18_100754_ General 1946-7_Vol_2
Agency: Department of War
Incident date: 12/30/47
Page 27
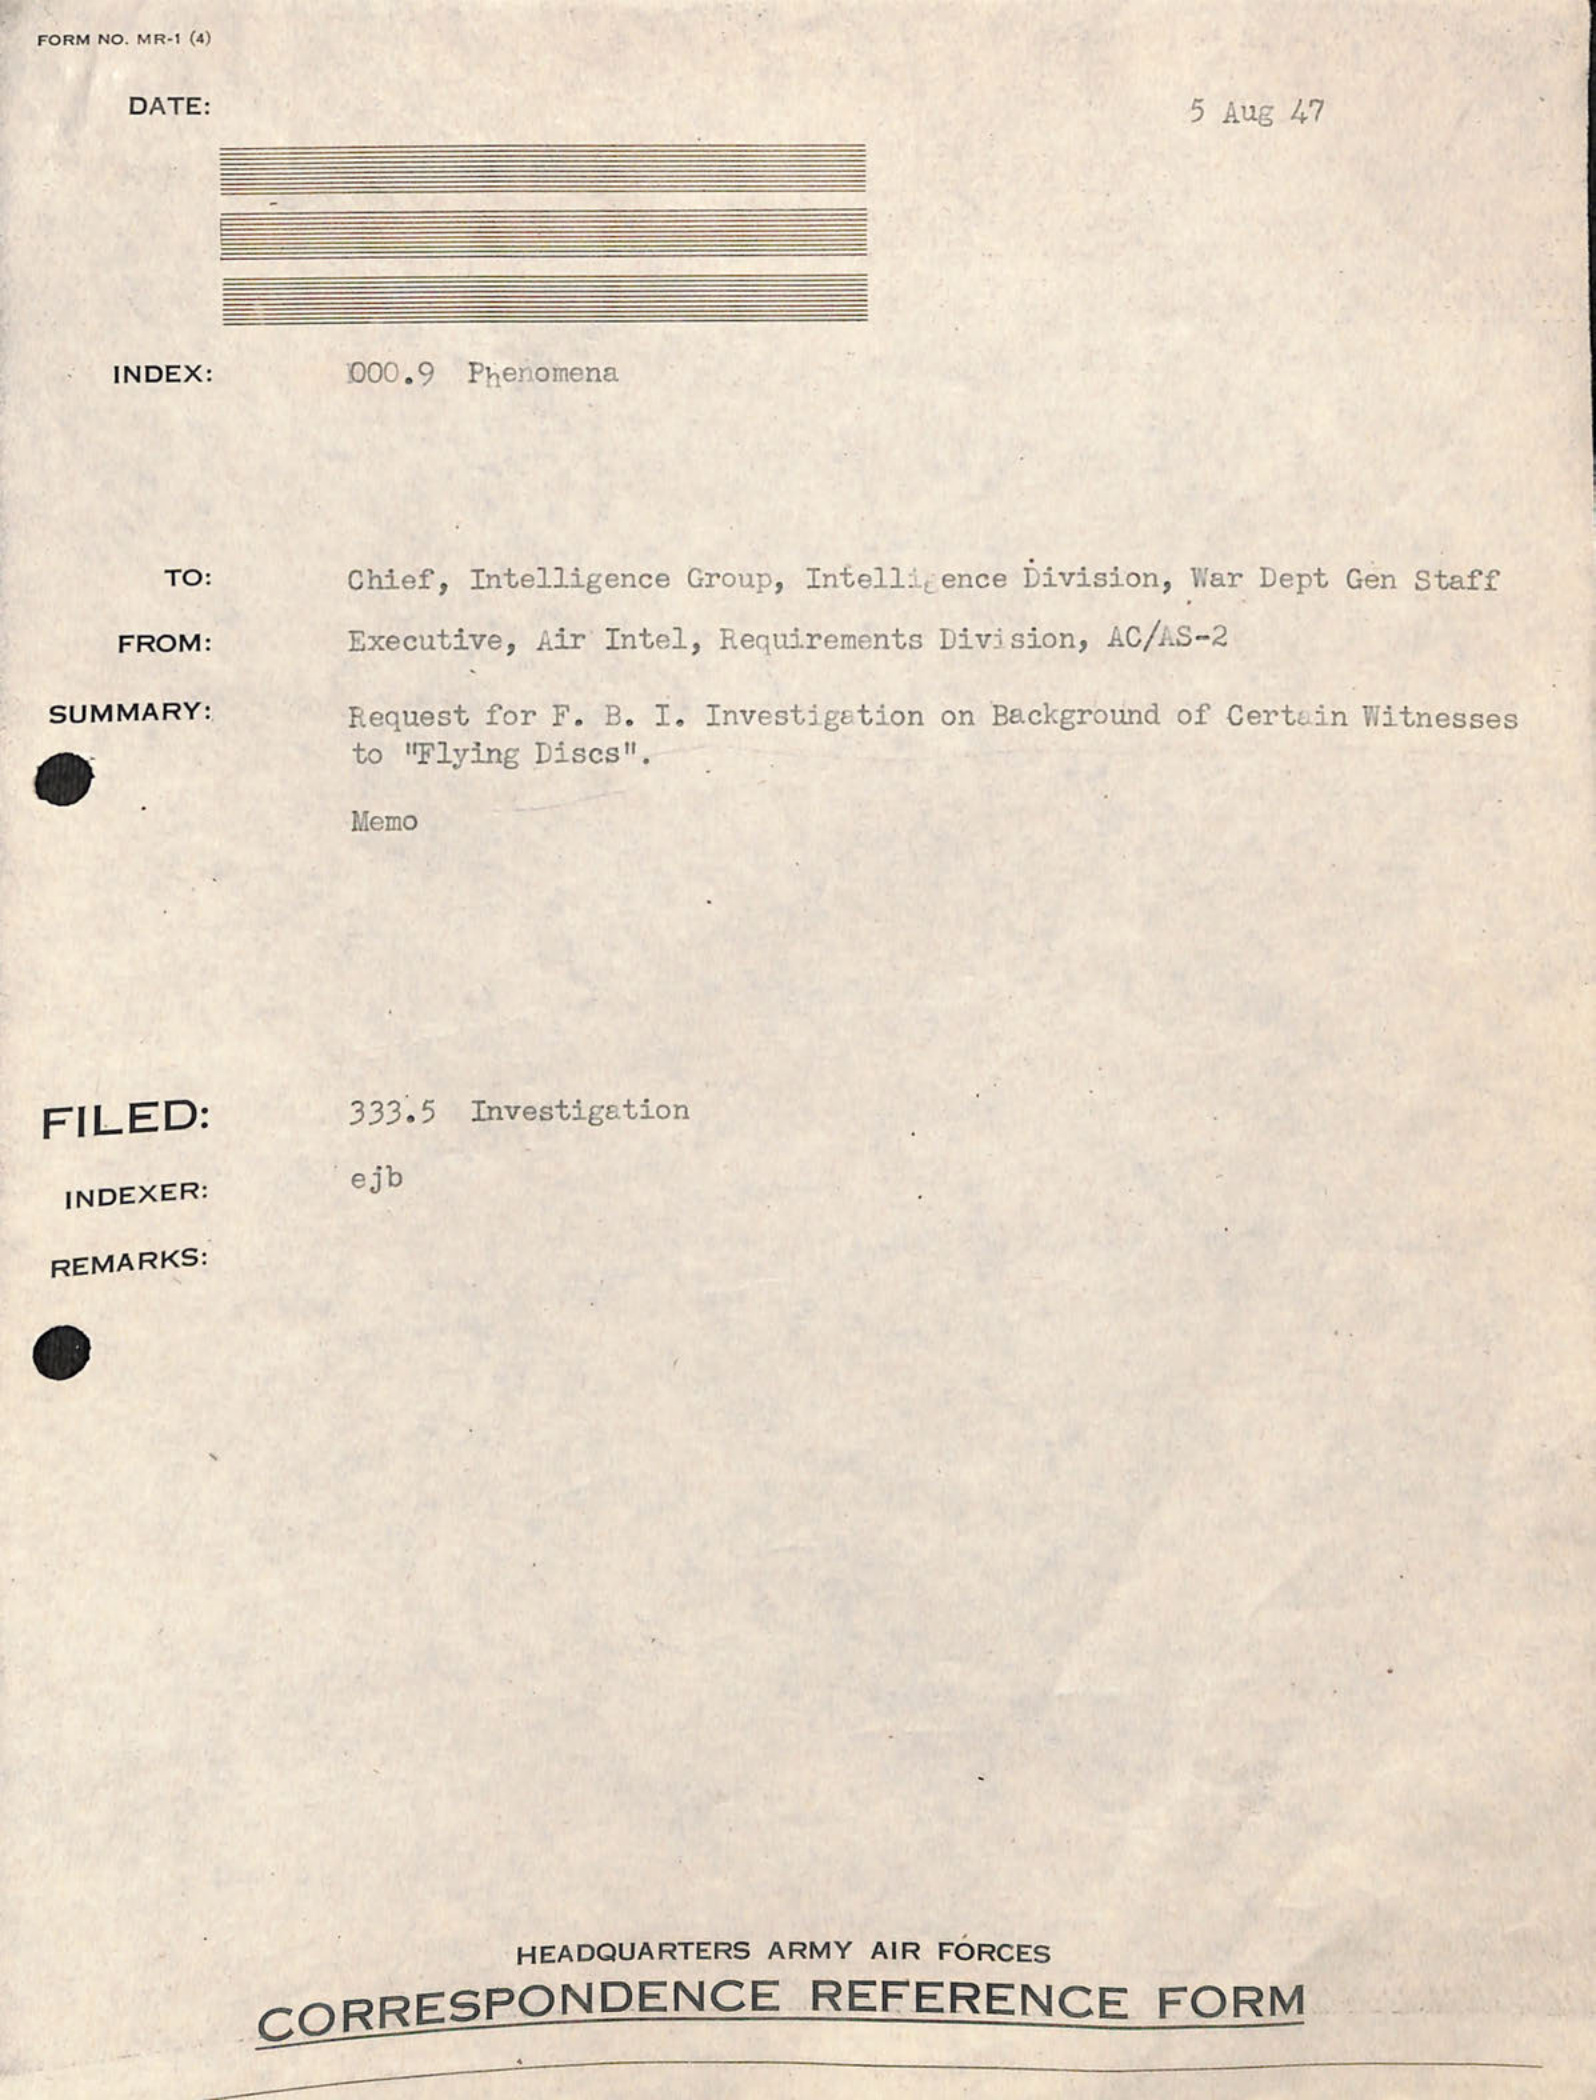